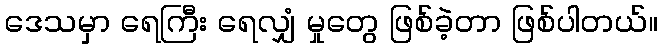
ဒေသမှာ ရေကြီး ရေလျှံ မှုတွေ ဖြစ်ခဲ့တာ ဖြစ်ပါတယ်။